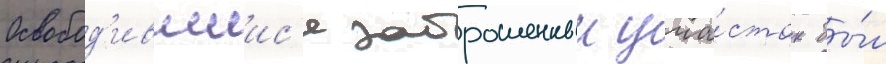
Освобод'ившиис'я заброшенныи уча́сток бы́л